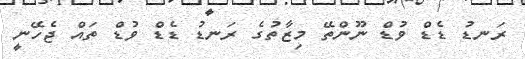
ރަނޑު ޑެޑް ވުޑް ނޫންތޭ މިޒާތުގެ ރަނޑު ޑެޑް ވުޑް ތައް ޖެހޭނީ